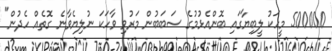
500000 މީހަކު ލީބިޔާގައި ބޮންއެޅުމުގެ ސަބަބުން މަރުވި ވާހަކަ ނުލިޔެވާނެ ގޮތެއް ހެދުން"